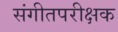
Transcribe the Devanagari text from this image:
संगीतपरीक्षक